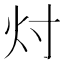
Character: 𬉴